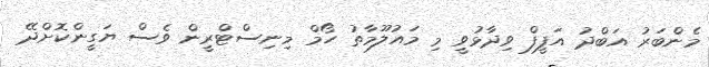
މެންބަރު އަބްދު އަފީފް ވިދާޅުވީ މި މައުލޫމާތު ހޯމް މިނިސްޓްރީން ވެސް ޔަގީންކޮށްދޭ